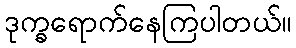
ဒုက္ခရောက်နေကြပါတယ်။